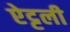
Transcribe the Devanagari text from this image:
ऐट्टली